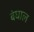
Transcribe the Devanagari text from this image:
बंघाल